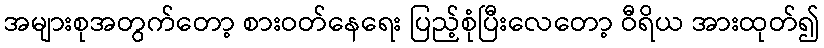
အများစုအတွက်တော့ စားဝတ်နေရေး ပြည့်စုံပြီးလေတော့ ဝီရိယ အားထုတ်၍